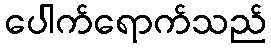
ပေါက်ရောက်သည်